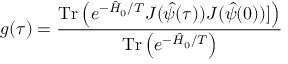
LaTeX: g ( \tau ) = \frac { \mathrm { T r } \left( e ^ { - \hat { H } _ { 0 } / T } J ( \hat { \psi } ( \tau ) ) J ( \hat { \psi } ( 0 ) ) ] \right) } { \mathrm { T r } \left( e ^ { - \hat { H } _ { 0 } / T } \right) } \,